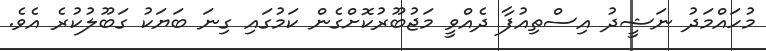
މުހައްމަދު ނަޝީދު އިސްތިއުފާ ދެއްވީ މަޖުބޫރުކޮށްގެން ކަމުގައި ގިނަ ބަޔަކު ގަބޫލުކުރެ އެވެ.